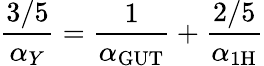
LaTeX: \frac{3/5}{\alpha_{Y}}=\frac{1}{\alpha_{\mathrm{GUT}}}+\frac{2/5}{\alpha_{\mathrm{1H}}}